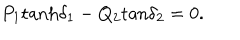
LaTeX: P _ { 1 } \mathrm { t a n h } \delta _ { 1 } - Q _ { 2 } \mathrm { t a n } \delta _ { 2 } = 0 .